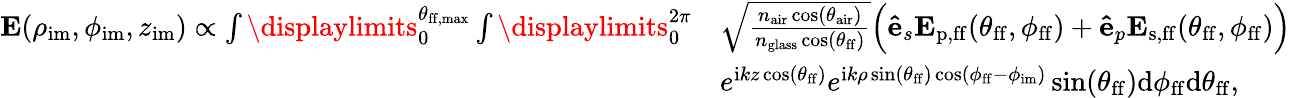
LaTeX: \begin{array}{rl}{\mathbf{E}(\rho_{\mathrm{im}},\phi_{\mathrm{im}},z_{\mathrm{im}})\propto\int\displaylimits_{0}^{\theta_{\mathrm{ff,max}}}\int\displaylimits_{0}^{2\pi}}&{\sqrt{\frac{n_{\mathrm{air}}\cos(\theta_{\mathrm{air}})}{n_{\mathrm{glass}}\cos(\theta_{\mathrm{ff}})}}\Bigl(\mathbf{\hat{e}}_{s}\mathbf{E}_{\mathrm{p,ff}}(\theta_{\mathrm{ff}},\phi_{\mathrm{ff}})+\mathbf{\hat{e}}_{p}\mathbf{E}_{\mathrm{s,ff}}(\theta_{\mathrm{ff}},\phi_{\mathrm{ff}})\Bigr)}\\ &{e^{\mathrm{i}kz\cos(\theta_{\mathrm{ff}})}e^{\mathrm{i}k\rho\sin(\theta_{\mathrm{ff}})\cos(\phi_{\mathrm{ff}}-\phi_{\mathrm{im}})}\sin(\theta_{\mathrm{ff}})\mathrm{d}\phi_{\mathrm{ff}}\mathrm{d}\theta_{\mathrm{ff}},}\end{array}